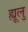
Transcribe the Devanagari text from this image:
ह्यूलु